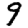
Digit: 9